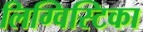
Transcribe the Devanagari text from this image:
लिग्विस्टिका